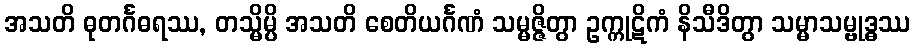
အသတိ ဓုတင်္ဂဓရဿ, တသ္မိမ္ပိ အသတိ စေတိယင်္ဂဏံ သမ္မဇ္ဇိတွာ ဥက္ကုဋိကံ နိသီဒိတွာ သမ္မာသမ္ဗုဒ္ဓဿ